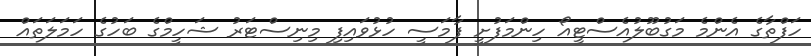
ހަފްތާގެ އެންމެ މަގުބޫލުއެސްޓީއޯ ހިންމަފުށީ ފާމަސީ ހުޅުވައިފި މިނިސްޓަރު ޝަހީމްގެ ބަހުގެ ހަމަލަތައް